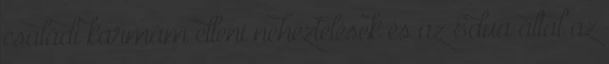
családi karmám elleni neheztelések és az Edua által az